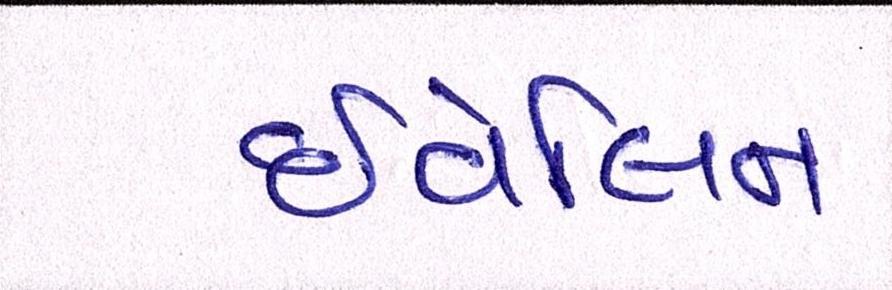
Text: ઇવેલિન